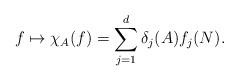
LaTeX: \begin{align*}f \mapsto \chi_A(f)=\sum_{j=1} ^d \delta_j(A) f_j(N).\end{align*}